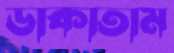
ডাকাতাম